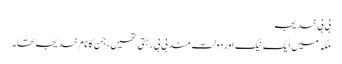
بی بی خدیجہ
مکہ میں ایک نیک اور دولت مند بی بی رہتی تھیں، جن کا نام خدیجہ تھا۔